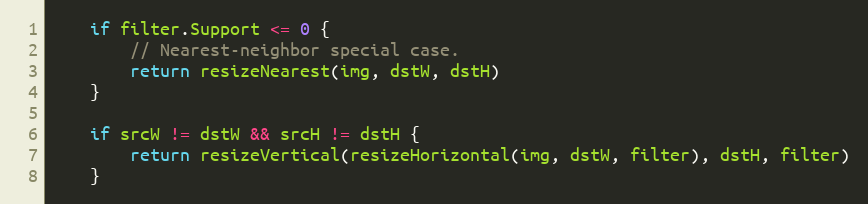
Language: Go
	if filter.Support <= 0 {
		// Nearest-neighbor special case.
		return resizeNearest(img, dstW, dstH)
	}

	if srcW != dstW && srcH != dstH {
		return resizeVertical(resizeHorizontal(img, dstW, filter), dstH, filter)
	}